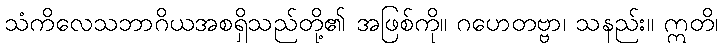
သံကိလေသဘာဂိယအစရှိသည်တို့၏ အဖြစ်ကို။ ဂဟေတဗ္ဗာ၊ သနည်း။ ဣတိ၊